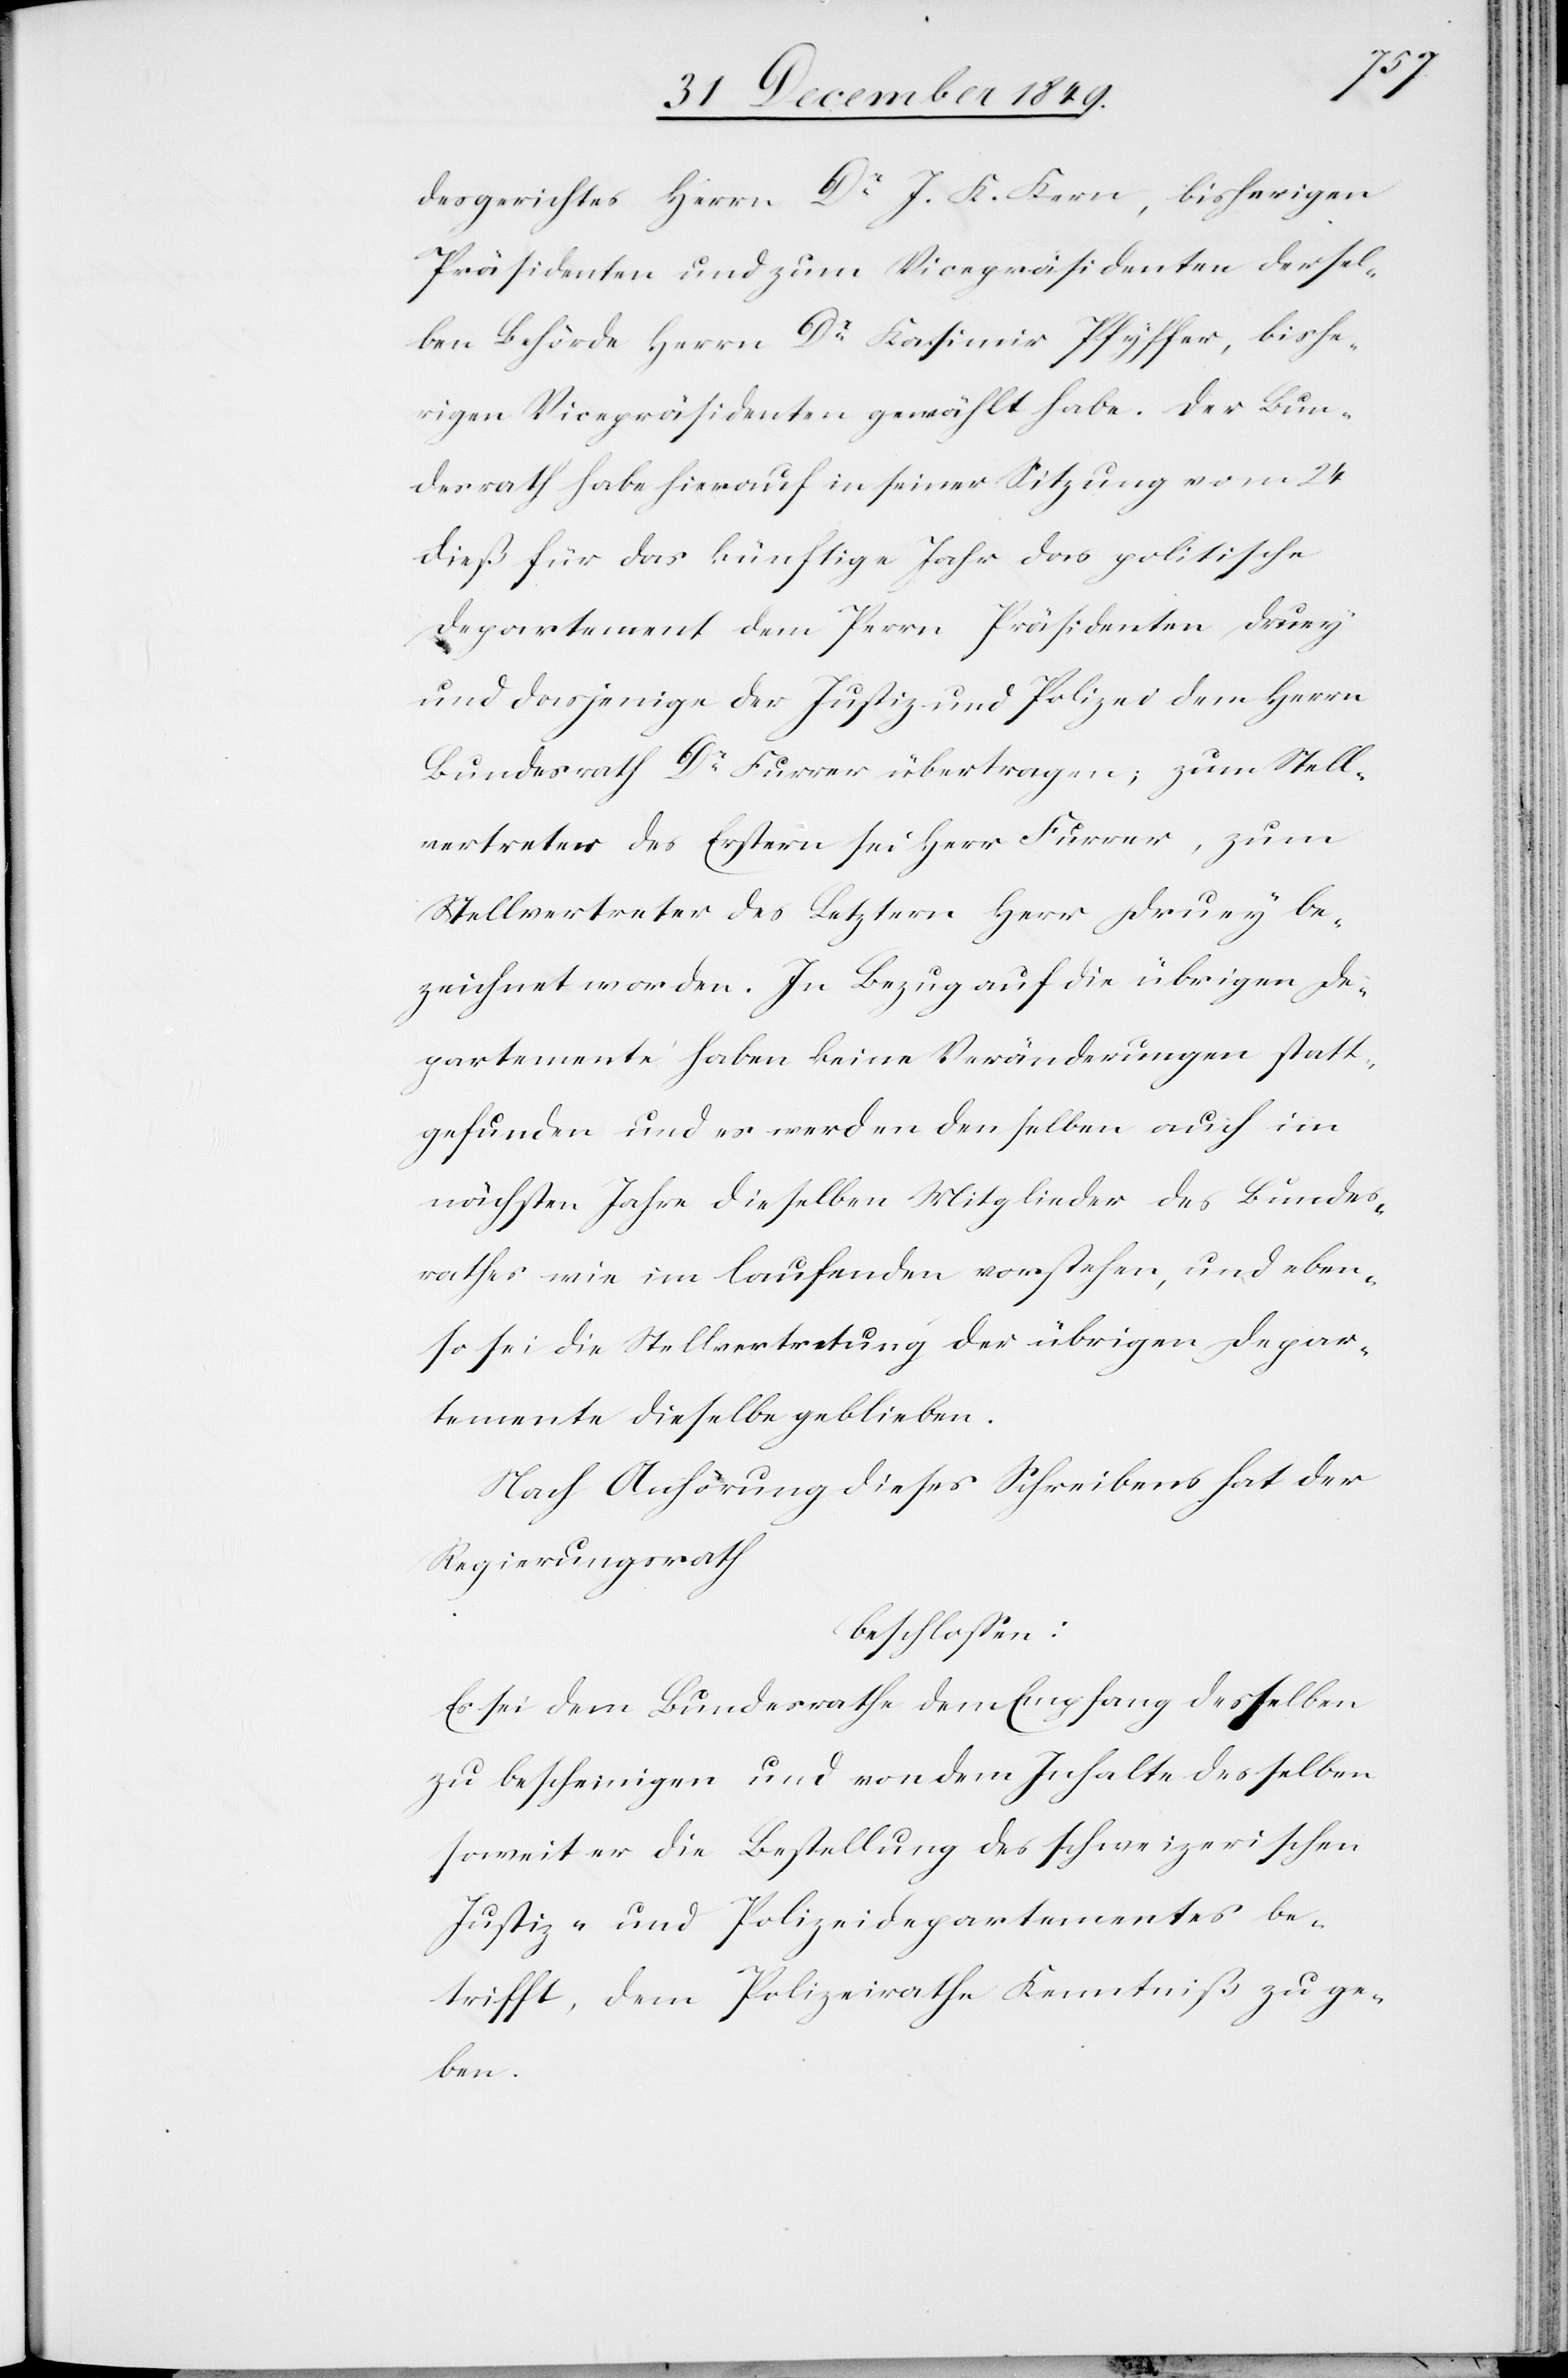
desgerichtes Herrn Dr J. K. Kern, bisherigen
Präsidenten und zum Vicepräsidenten dersel¬
ben Behörde Herrn Dr Kasimir Pfyffer, bishe¬
rigen Vicepräsidenten gewählt habe. Der Bun¬
desrath habe hierauf in seiner Sitzung vom 24
dieß für das künftige Jahr das politische
Departement dem Perrn [sic!] Präsidenten Druey
und dasjenige der Justiz und Polizei dem Herrn
Bundesrath Dr Furrer übertragen; zum Stell¬
vertreter des Erstern sei Herr Furrer, zum
Stellvertreter des Letztern Herr Druey be¬
zeichnet worden. In Bezug auf die übrigen De¬
partemente haben keine Veränderungen statt¬
gefunden und es werden denselben auch im
nächsten Jahre dieselben Mitglieder des Bundes¬
rathes wie im laufenden vorstehen, und eben¬
so sei die Stellvertretung der übrigen Depar¬
temente dieselbe geblieben.
Nach Anhörung dieses Schreibens hat der
Regierungsrath
beschloßen:
Es sei dem Bundesrathe den Empfang desselben
zu bescheinigen und von dem Inhalte desselben
soweit er die Bestellung des schweizerischen
Justiz- und Polizeidepartementes be¬
trifft, dem Polizeirathe Kenntniß zu ge¬
ben.